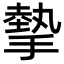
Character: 摰